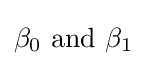
\beta _{0}{\mbox{ and }}\beta _{1}